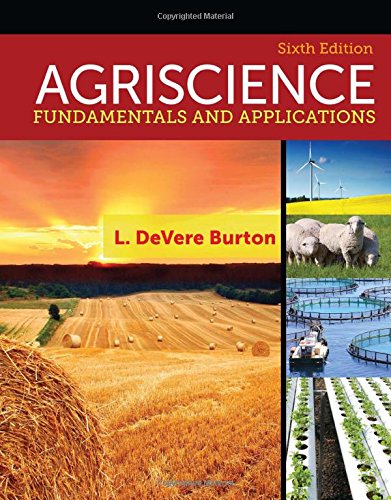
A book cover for Agriscience: Fundamentals and Applications; L. DeVere Burton; Science & Math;